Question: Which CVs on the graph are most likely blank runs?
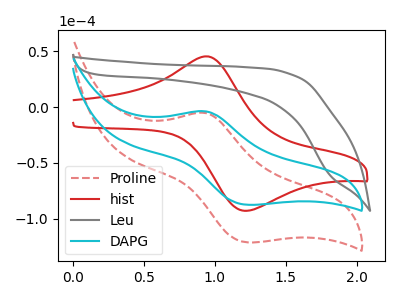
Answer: <think>The red dashed curve "Proline" has an anodic peak at (0.95V, -5.30uA) and a cathodic peak at (1.25V, -120.90uA). The red curve "hist" has an anodic peak at (0.95V, 45.20uA) and a cathodic peak at (1.20V, -92.75uA). The gray curve "Leu" has no peaks. The cyan curve "DAPG" has an anodic peak at (0.95V, -3.80uA) and a cathodic peak at (1.25V, -87.35uA).</think>
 <answer>"Leu" is likely to be a blank.</answer>
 <eval>Leu</eval>